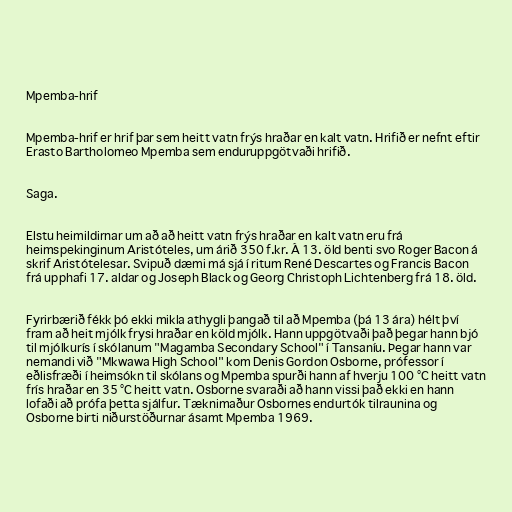
Mpemba-hrif

Mpemba-hrif er hrif þar sem heitt vatn frýs hraðar en kalt vatn. Hrifið er nefnt eftir
Erasto Bartholomeo Mpemba sem enduruppgötvaði hrifið.

Saga.

Elstu heimildirnar um að að heitt vatn frýs hraðar en kalt vatn eru frá
heimspekinginum Aristóteles, um árið 350 f.kr. Á 13. öld benti svo Roger Bacon á
skrif Aristótelesar. Svipuð dæmi má sjá í ritum René Descartes og Francis Bacon
frá upphafi 17. aldar og Joseph Black og Georg Christoph Lichtenberg frá 18. öld.

Fyrirbærið fékk þó ekki mikla athygli þangað til að Mpemba (þá 13 ára) hélt því
fram að heit mjólk frysi hraðar en köld mjólk. Hann uppgötvaði það þegar hann bjó
til mjólkurís í skólanum "Magamba Secondary School" í Tansaníu. Þegar hann var
nemandi við "Mkwawa High School" kom Denis Gordon Osborne, prófessor í
eðlisfræði í heimsókn til skólans og Mpemba spurði hann af hverju 100 °C heitt vatn
frís hraðar en 35 °C heitt vatn. Osborne svaraði að hann vissi það ekki en hann
lofaði að prófa þetta sjálfur. Tæknimaður Osbornes endurtók tilraunina og
Osborne birti niðurstöðurnar ásamt Mpemba 1969.